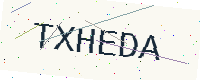
Text: TXHEDA